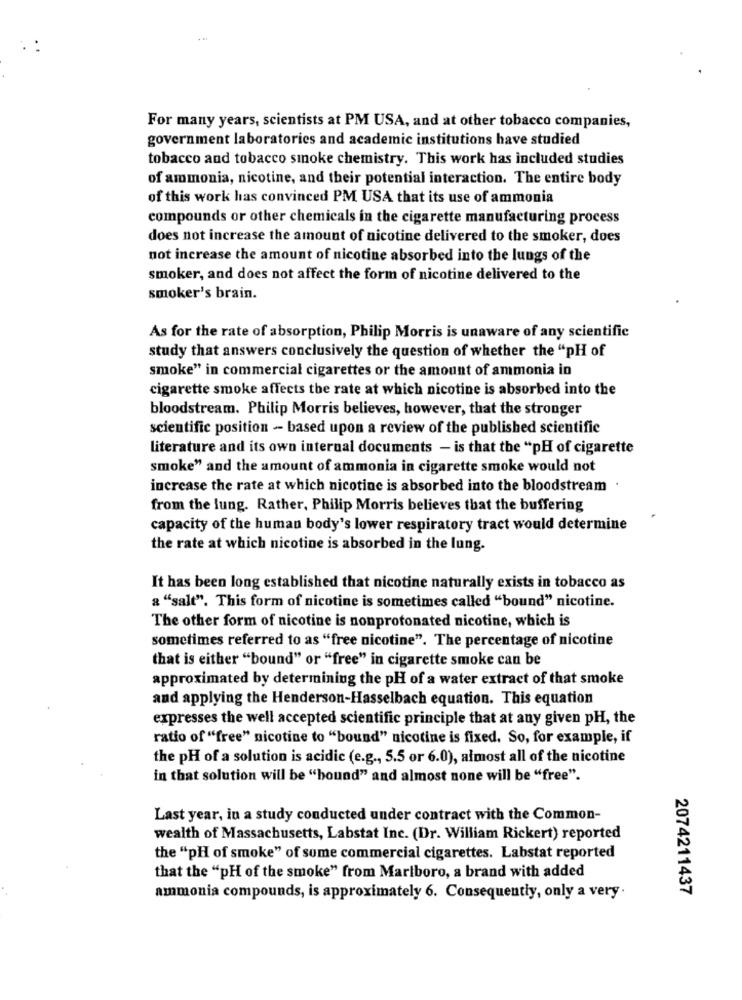
For many years, scientists at PM USA, and at other tobacco companies,
government laboratories and academic institutions have studied
tobacco and tobacco smoke chemistry. This work has included studies
of ammonia, nicotine, and their potential interaction. The entire body
of this work has convinced PM USA that its use of ammonia
compounds or other chemicals in the cigarette manufacturing process
does not increase the amount of nicotine delivered to the smoker, does
not increase the amount of nicotine absorbed into the lungs of the
smoker, and does not affect the form of nicotine delivered to the
smoker's brain.
As for the rate of absorption, Philip Morris is unaware of any scientific
study that answers conclusively the question of whether the "pH of
smoke" in commercial cigarettes or the amount of ammonia in
cigarette smoke affects the rate at which nicotine is absorbed into the
bloodstream. Philip Morris believes, however, that the stronger
scientific position - based upon a review of the published scientific
literature and its own internal documents - is that the "pH of cigarette
smoke" and the amount of ammonia in cigarette smoke would not
increase the rate at which nicotine is absorbed into the bloodstream
from the lung. Rather, Philip Morris believes that the buffering
capacity of the human body's lower respiratory tract would determine
the rate at which nicotine is absorbed in the lung.
It has been long established that nicotine naturally exists in tobacco as
a "salt". This form of nicotine is sometimes called "bound" nicotine.
The other form of nicotine is nonprotonated nicotine, which is
sometimes referred to as "free nicotine". The percentage of nicotine
that is either "bound" or "free" in cigarette smoke can be
approximated by determining the pH of a water extract of that smoke
and applying the Henderson-Hasselbach equation. This equation
expresses the well accepted scientific principle that at any given pH, the
ratio of "free" nicotine to "bound" nicotine is fixed. So, for example, if
the pH of a solution is acidic (e.g ., 5.5 or 6.0), almost all of the nicotine
in that solution will be "hound" and almost none will be "free".
Last year, in a study conducted under contract with the Common-
wealth of Massachusetts, Labstat Inc. (Dr. William Rickert) reported
the "pH of smoke" of sume commercial cigarettes. Labstat reported
that the "pH of the smoke" from Marlboro, a brand with added
ammonia compounds, is approximately 6. Consequently, only a very.
2074211437